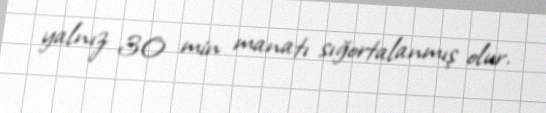
yalnız 30 min manatı sığortalanmış olur.